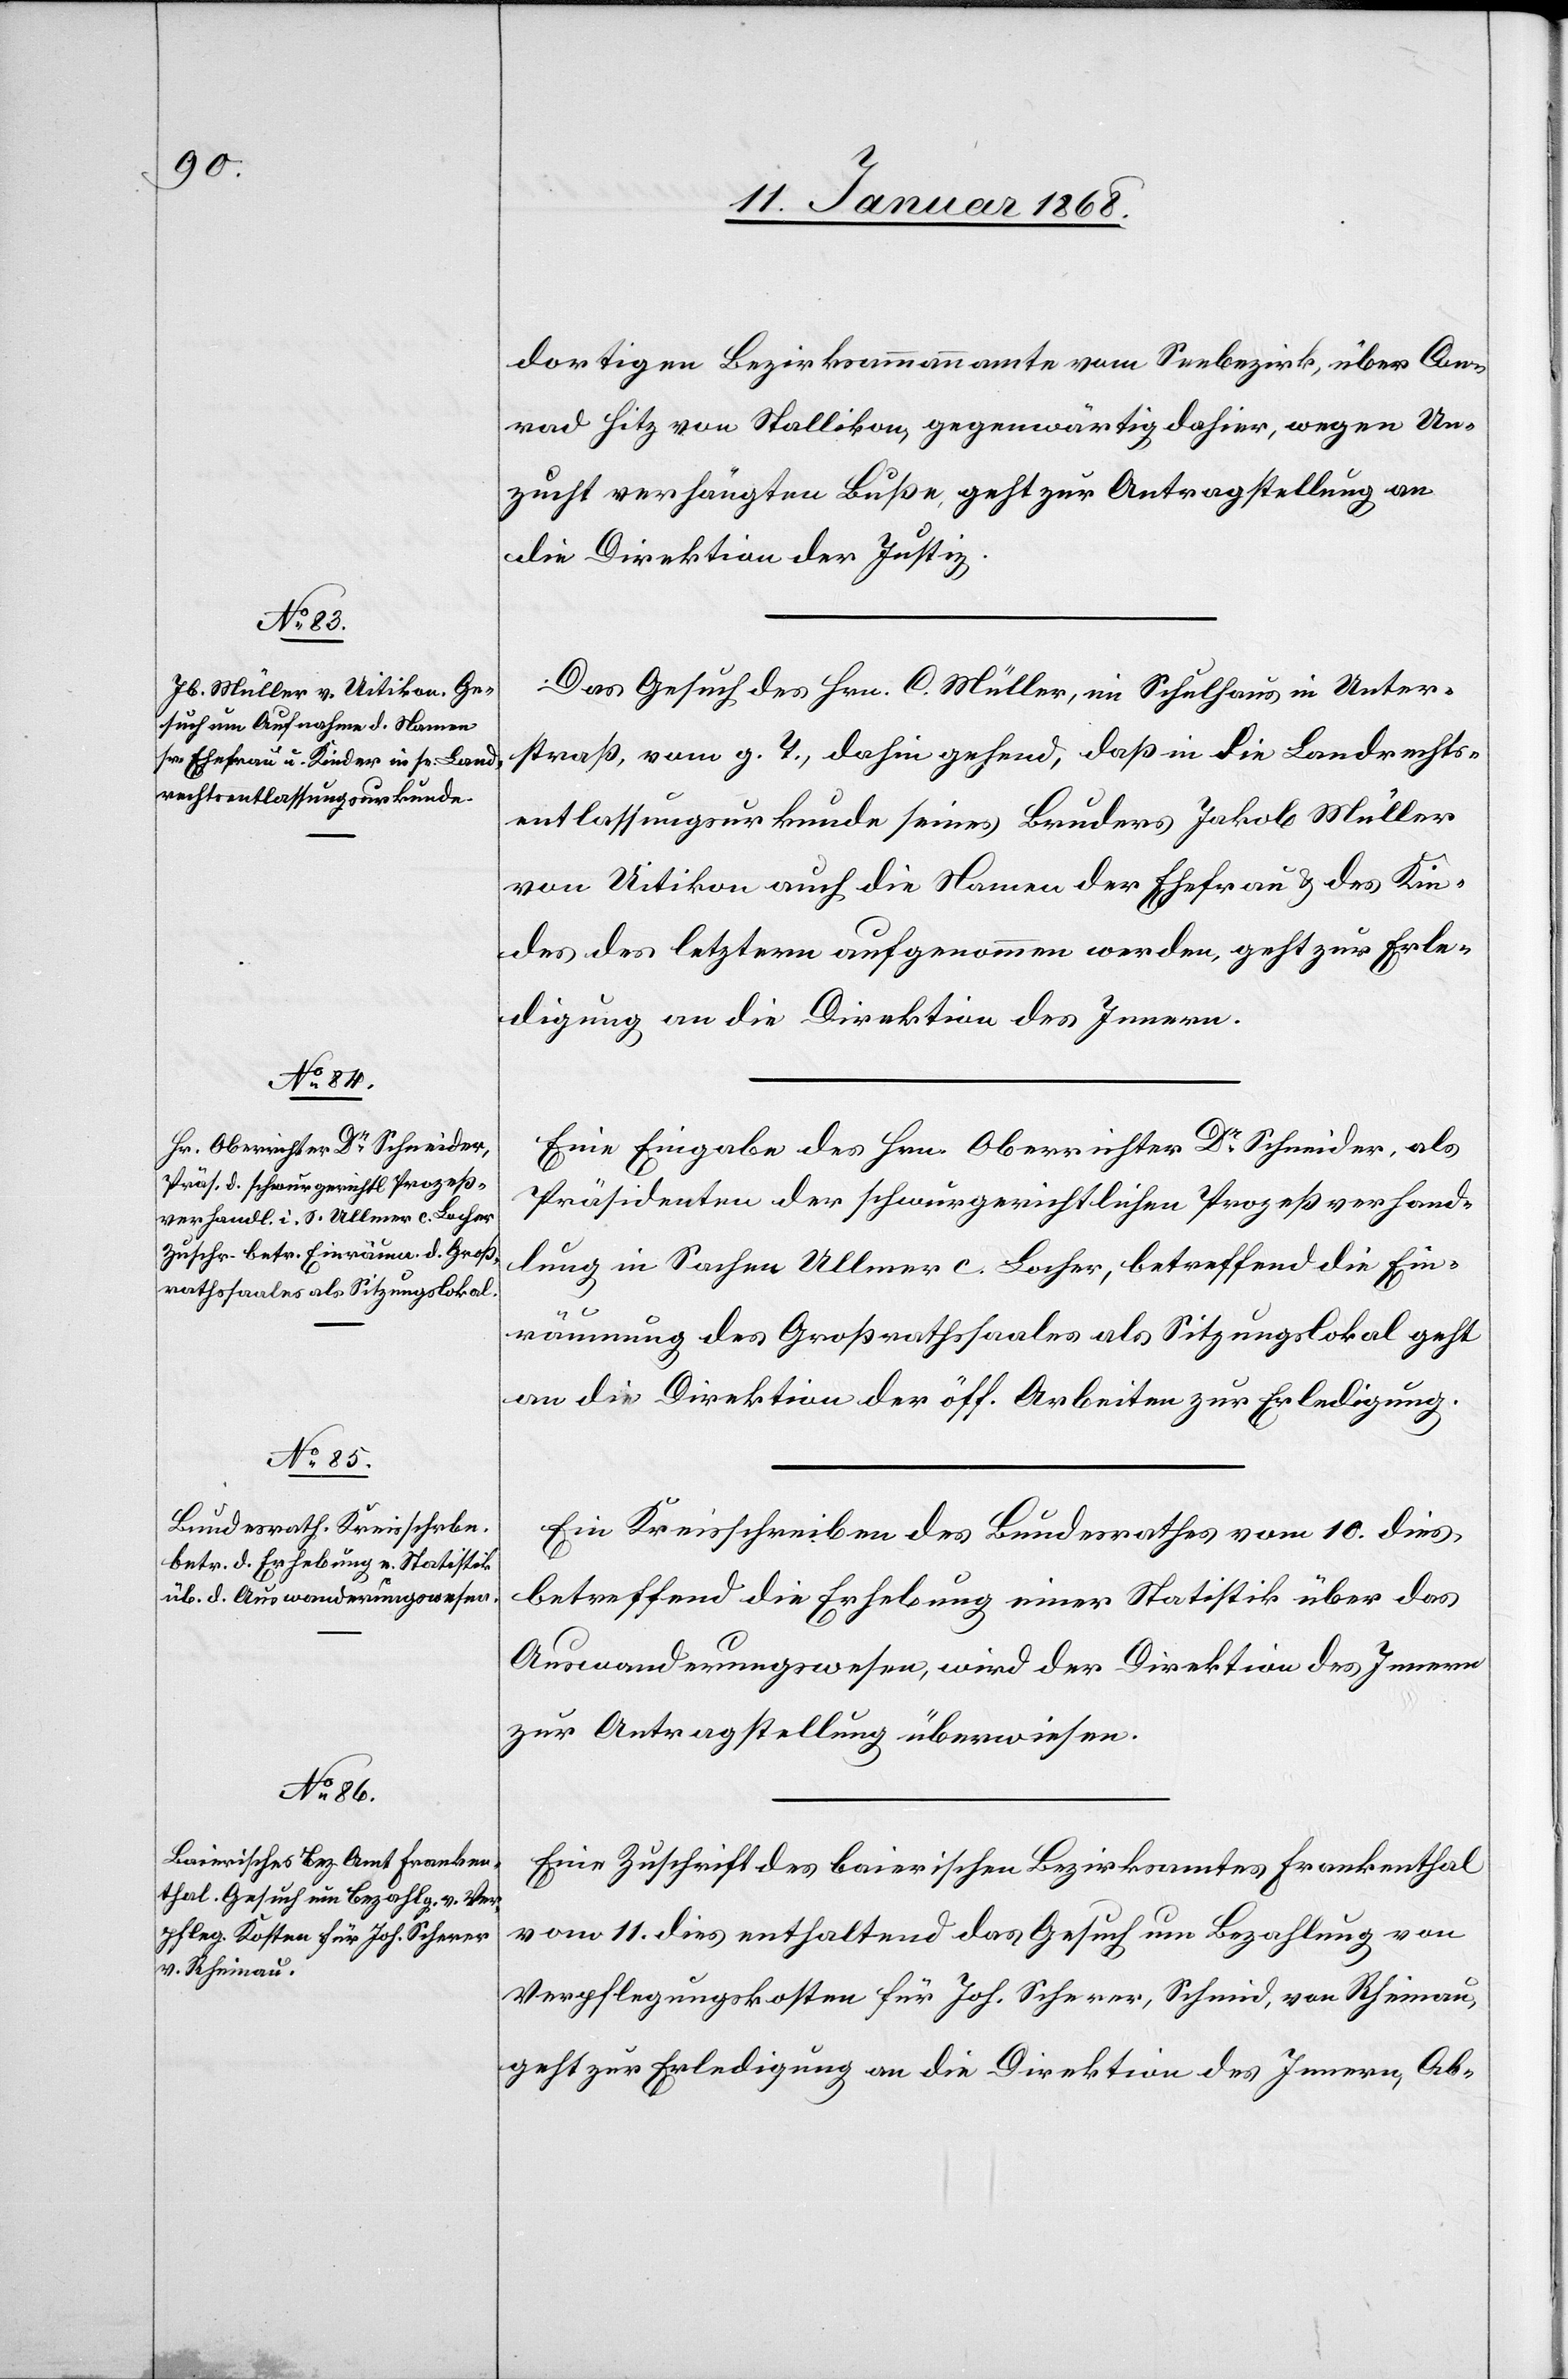
15. Januar 1868.]
dortigen Bezirksammannamte vom Seebezirk, über Con¬
rad Hitz von Stallikon, gegenwärtig dahier, wegen Un¬
zucht verhängten Buße, geht zur Antragstellung an
die Direktion der Justiz.
Das Gesuch des Hrn. C. Müller, im Schulhaus in Unter¬
straß, vom g. T., dahin gehend, daß in die Landrechts¬
entlassungsurkunde seines Bruders Jakob Müller
von Uitikon auch die Namen der Ehefrau & des Kin¬
des des letztern aufgenommen werden, geht zur Erle¬
digung an die Direktion des Innern.
Eine Eingabe des Hrn. Oberrichter Dr. Schneider, als
Präsidenten der schwurgerichtlichen Prozeßverhand¬
lung in Sachen Ullmer c. Locher, betreffend die Ein¬
räumung des Großrathssaales als Sitzungslokal geht
an die Direktion der öff. Arbeiten zur Erledigung.
Ein Kreisschreiben des Bundesrathes vom 10. dies,
betreffend die Erhebung einer Statistik über das
Auswanderungswesen, wird der Direktion des Innern
zur Antragstellung überwiesen.
Eine Zuschrift des baierischen Bezirksamtes Frankenthal
vom 11. dies enthaltend das Gesuch um Bezahlung von
Verpflegungskosten für Joh. Scherer, Schmid, von Rheinau,
geht zur Erledigung an die Direktion des Innern, Ab-